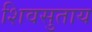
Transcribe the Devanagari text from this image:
शिवसुताय